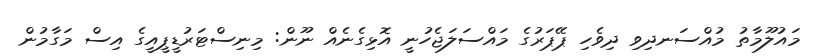
މައުލޫމާތު މުއްސަނދިވި ދިވެހި ޕޭޕަރުގެ މައްސަލަޖެހުނީ އޮޅިގެނެއް ނޫން: މިނިސްޓަރުޑީޕީއީގެ އިސް މަގާމުން